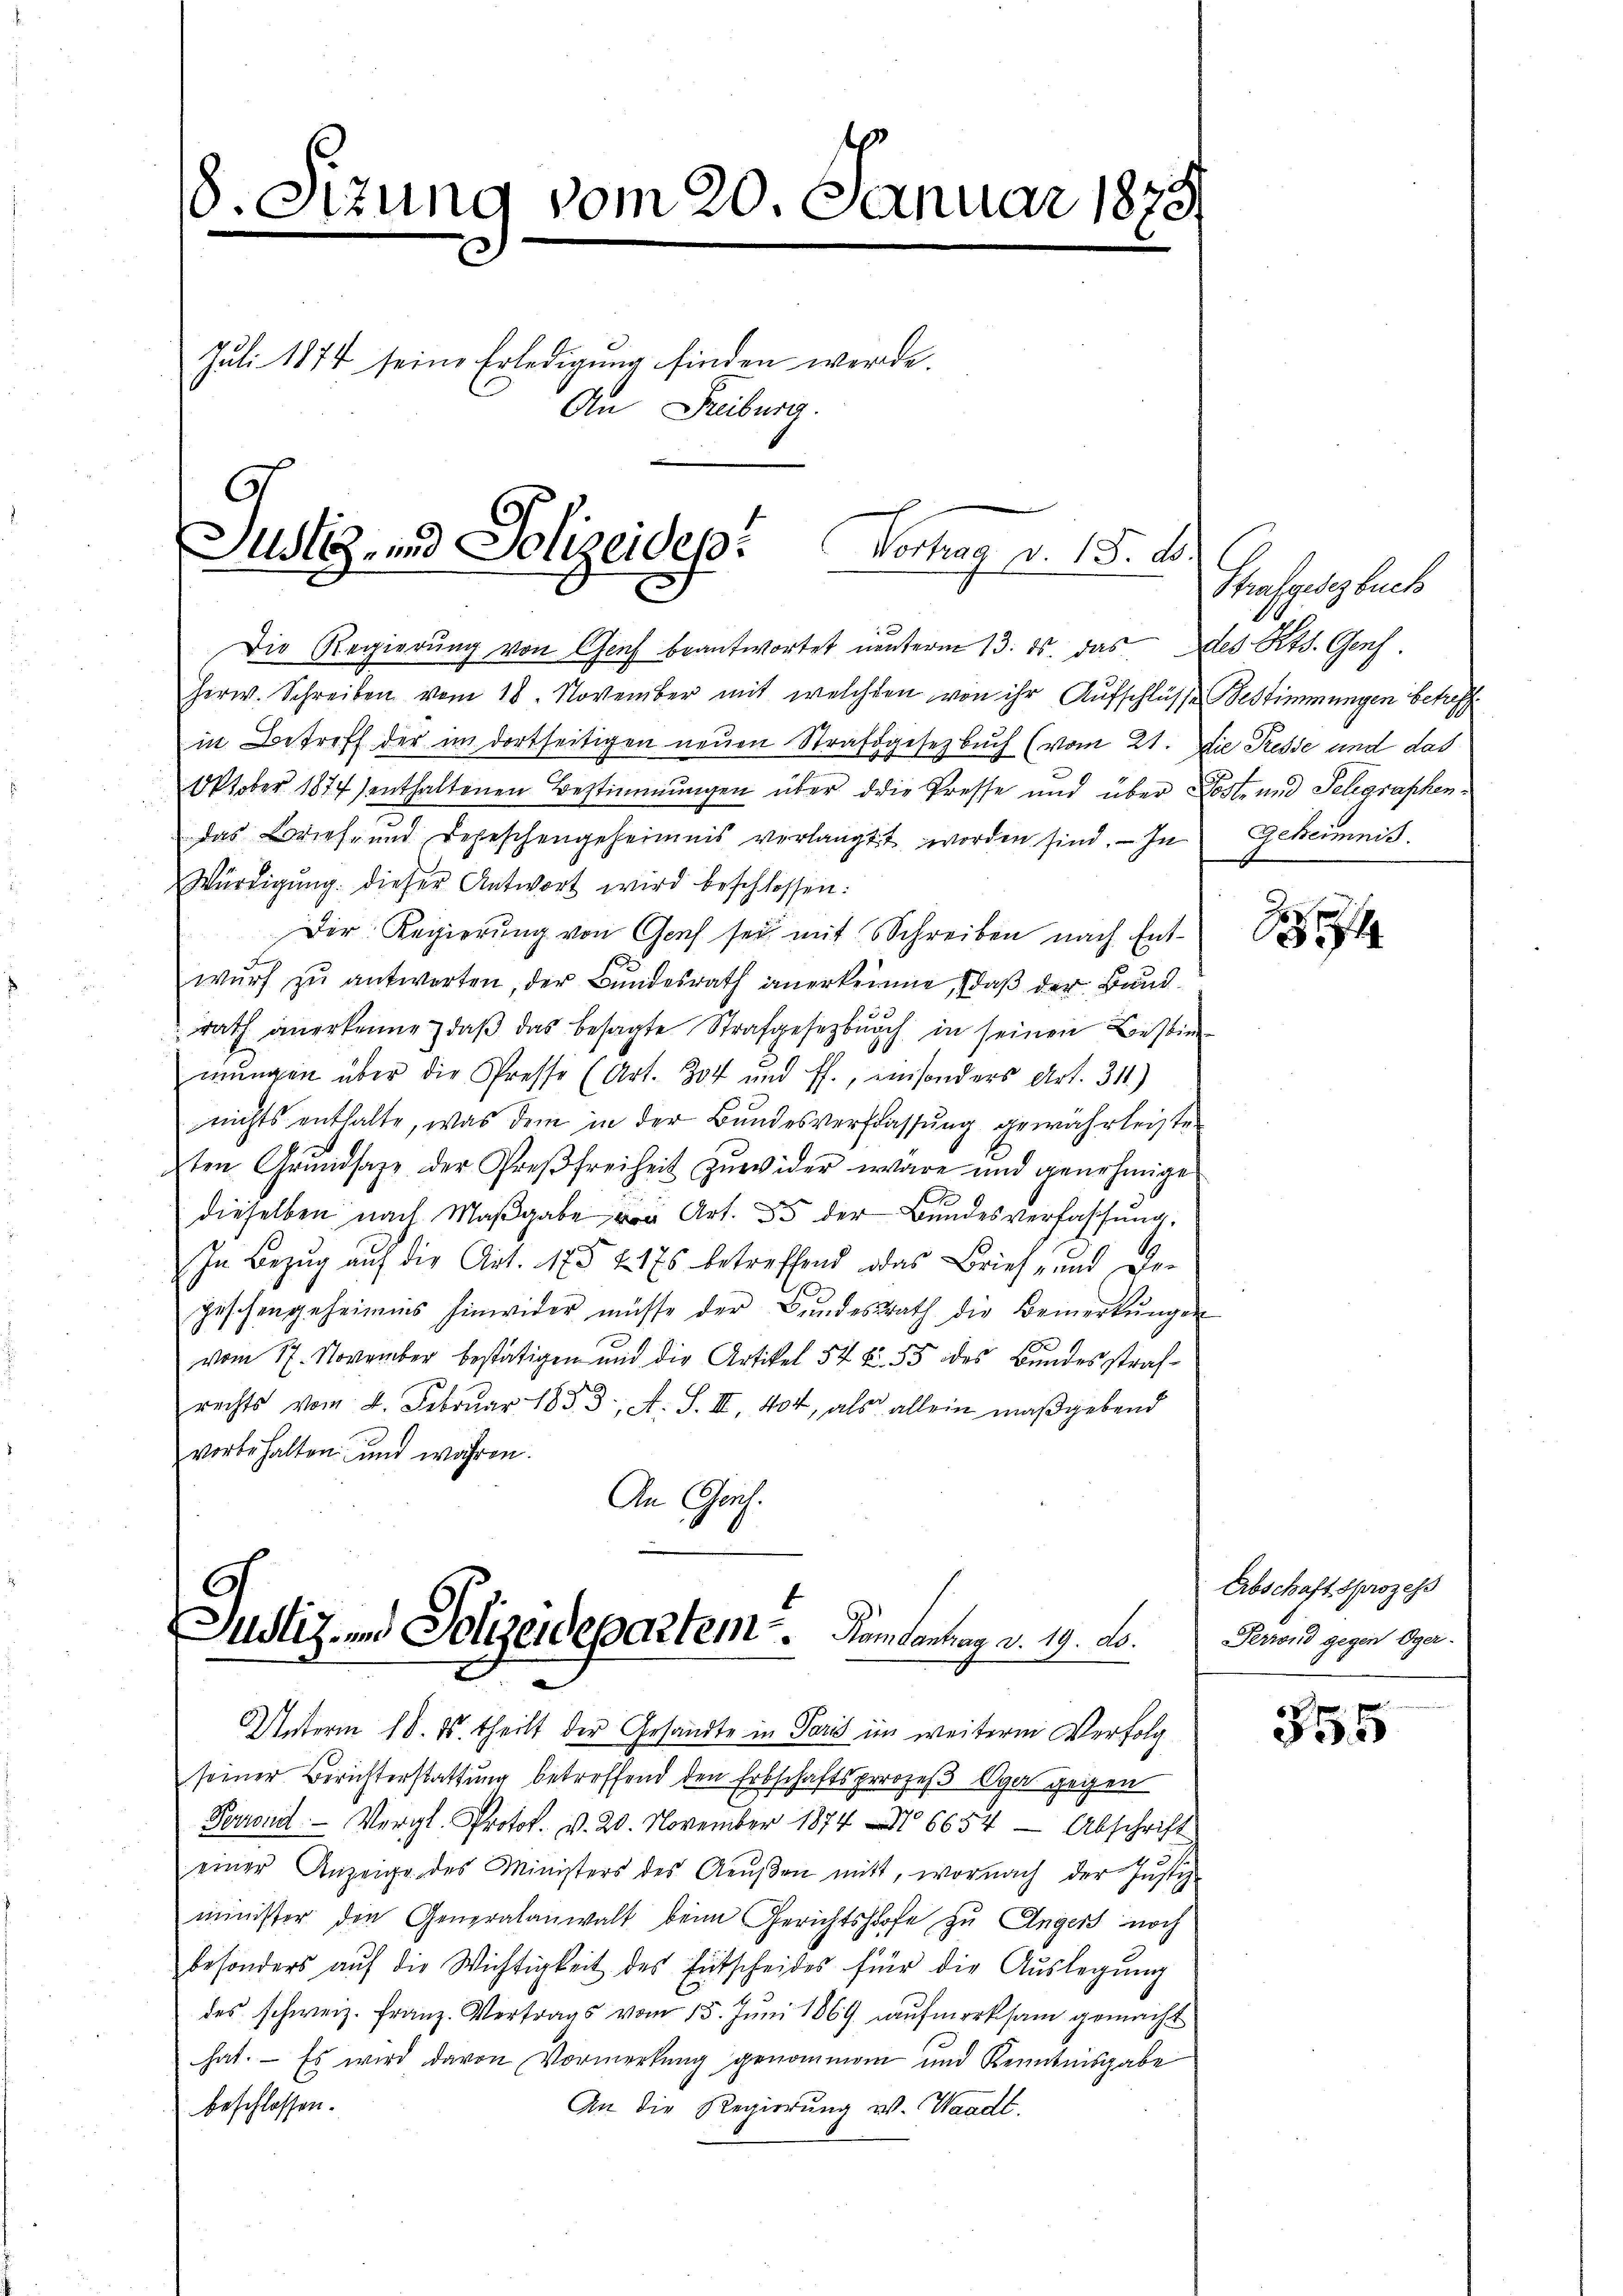
8. Stzung vom 20. Januar 1878
Juli 1874 seine Erledigung finden werde.
An Freiburg.

l
Justiz- und Polizeides Vortrag v. 18. d.

Die Regierŭng von Genf beantwortet unterm 13. ds. das des Kts. Genf.
Herw. Schreiben vom 18. November mit welchen von ihr Aufschlüsse Bestimmungen betreff
in Betreff der im dortseitigen neuen Strafgesetzbuch (vom 21. Die Presse und das
Oktober 1874) enthaltenen Bestimmungen über die Presse und über Post- und Telegraphendas Brief- und Depeschengeheimnis verlangt worden sind. — In
Würdigung dieser Antwort wird beschlossen:
Der Regierung von Graf sei mit Schreiben nach Entwŭrf zu antworten, der Bundesrath anerkenne, daß der Bund
.
rath anerkenne daβ das besagte Strafgesetzbuch in seinen Bestim
mungen über die Presse (Art. 304 und ff., ein sonders Art. 311)
nichts enthalte, was dem in der Bundesverfassung gewährleiste
ten Grŭndsaze der Proβfreiheit zŭwider wäre und genehmige
dieselben nach Maβgabe von Art. 35 der Bundesverfassung.
S
In Bezug auf die Art. 175 & 175 betreffend das Brief, und De-
geschengeheimnis hinwider müsse der Bŭndesrath die Bemerkŭngen
vom 17. November bestätigen und die Artikel 54 f. 55 des Bundesstrafrechts vom 2. Februar 1853, A. S. III. 404, als allein maßgebend
vorbehalten und währen.
An Genf.
Justiz- und Polizeidepartem. Komanung v. 19. ds.
Unterm 18. ds. theilt der Gesandte in Paris im weiterm Verfolg
seiner Berichterstattung betreffend den Erbschaftsprozeß Oger gegen
Perrond. Vergl. Protok. v. 20. November 1874. 6654 - Abschrift
einer Anzeige des Ministers des Aeŭβen mitt, wornach der Justiz-
minister den Generalanwalt beim Gerichtshofe zu Ungers noch
besonders aŭf die Wichtigkeit des Entscheides für die Auslegung
des schweiz. Franz-Vertrags vom 15. Juni 1869 aufmerksam gemacht
hat. – Es wird davon Vormerkung genommen und Kenntnisgabe
beschlossen.
An die Regierung v. Waadt.

Strafgesetzbuch
Geheimnis.

4

Erbschaftsprozess
Perrond gegen Oger-

355